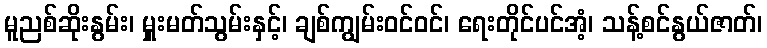
မူညစ်ဆိုးနွမ်း၊ မှူးမတ်သွမ်းနှင့်၊ ချစ်ကျွမ်းဝင်ဝင်၊ ရေးတိုင်ပင်အံ့၊ သန့်စင်နွယ်ဇာတ်၊